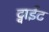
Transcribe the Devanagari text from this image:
ट्वाईट